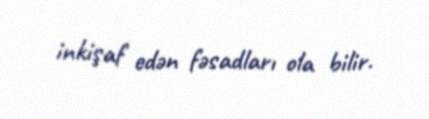
inkişaf edən fəsadları ola bilir.